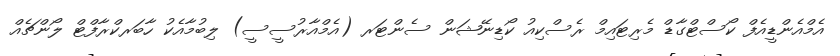
އެމްއެންޑީއެފް ކޯސްޓްގާޑް މެރިޓައިމް ރެސްކިއު ކޯޑިނޭޝަން ސެންޓަރ (އެމްއާރުސީސީ) ލިބުމާއެކު ހާބަރކްރާފްޓް ލޯންޗެއް